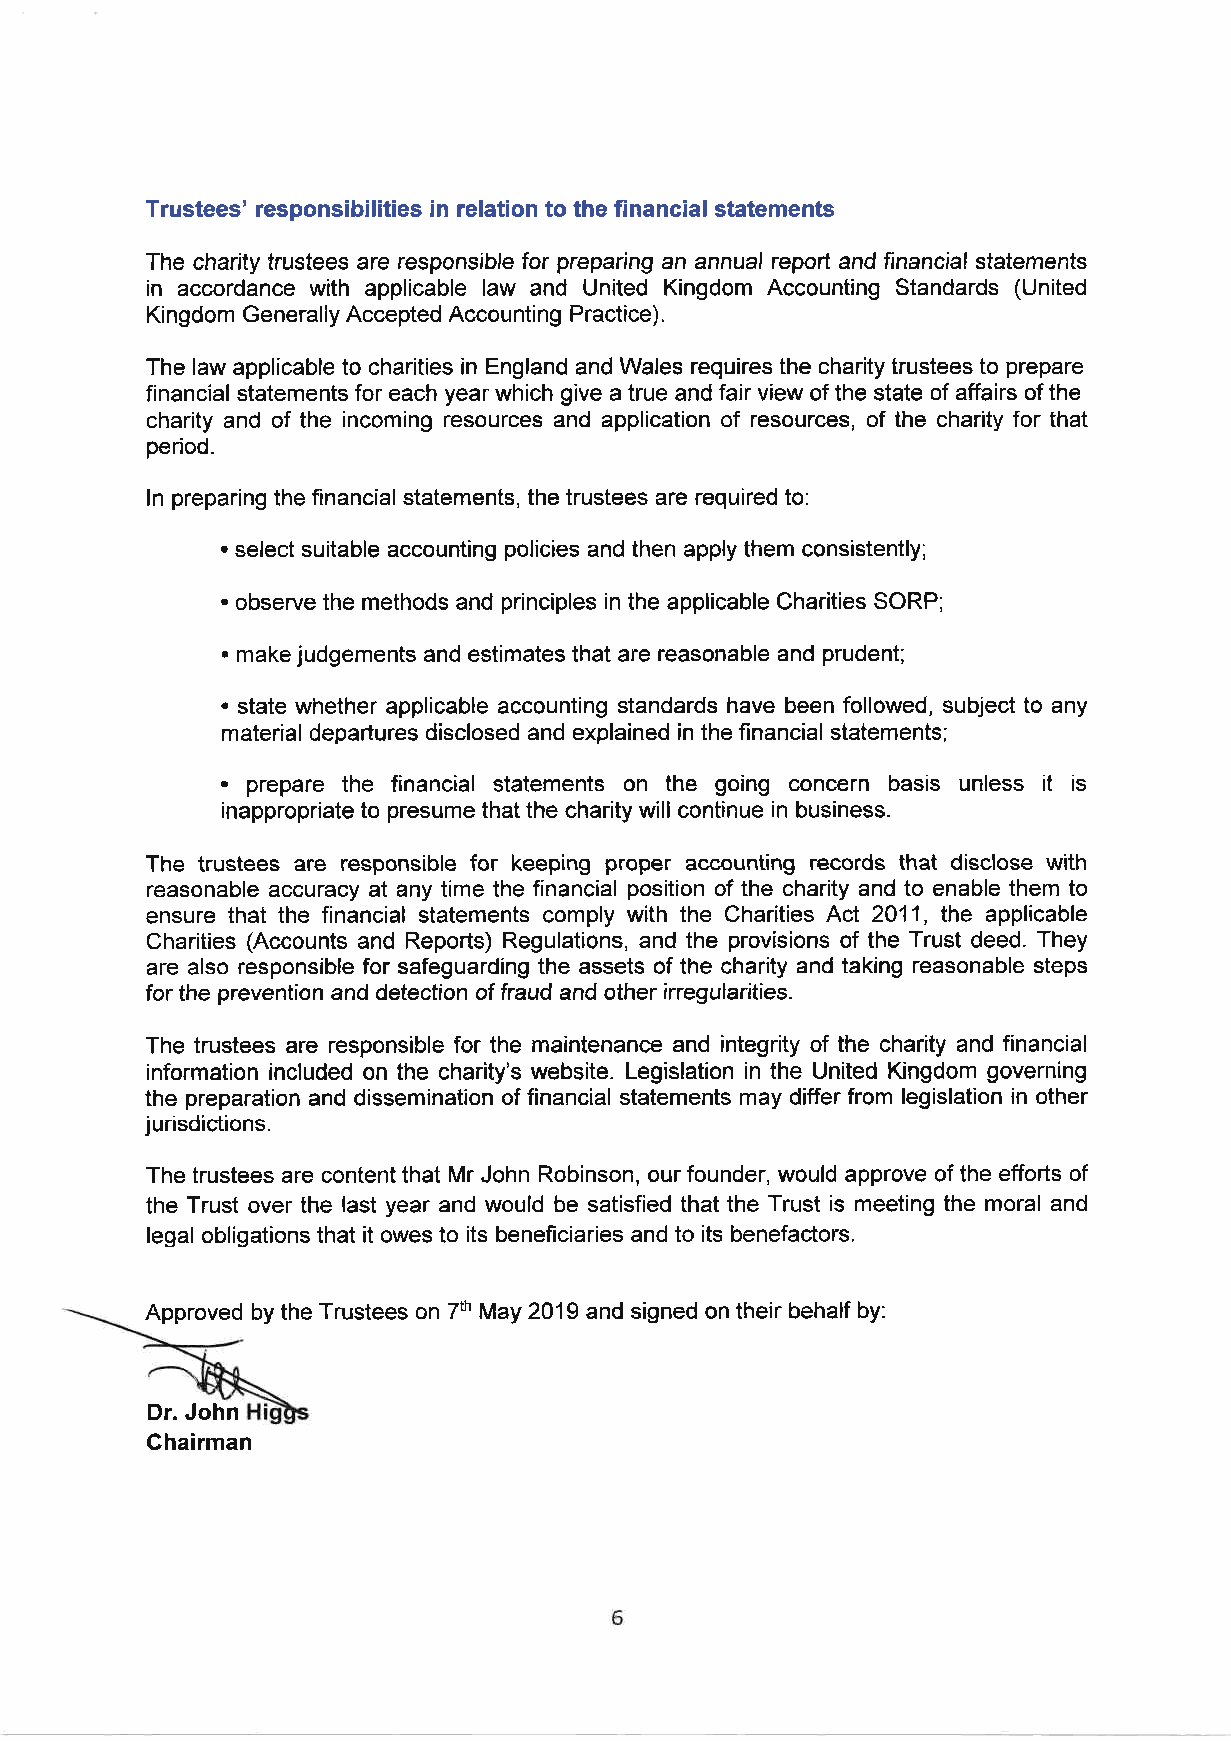
Trustees' responsibilities in relation to the financia! statements
 The charity trustees are responsible for preparing an annual report and financial statements
 in accordance with applicable law and United Kingdom Accounting Standards (United
 Kingdom Generally Accepted Accounting Practice).
 The law applicable to charities in England and Wales requires the charity trustees to prepare
 financial statements for each year which give a true and fair view of the state of affairs of the
 charity and of the incoming resources and application of resources, of the charity for that
 period.
 ln preparing the financial statements, the trustees are required to:
 . select suitable accounting policies and then apply them consistently;
 . observe the methods and principles in the applicable Charities SORP;
 . make judgements and estimates that are reasonable and prudent;
 .
 state whether applicable accounting standards have been followed, subject to any
 material departures disclosed and explained in the financial statements;
 . prepare the financial statements on the going concern basis unless it is
 inappropriate to presume that the charity will continue in business.
 The trustees are responsible for keeping proper accounting records that disclose with
 reasonable accuracy at any time the financial position of the charity and to enable them to
 ensure that the financial statements comply with the Charities Act 2011, the applicable
 Charities (Accounts and Reports) Regulations, and the provisions of the Trust deed. They
 are also responsible for safeguarding the assets of the charity and taking reasonable steps
 for the prevention and detection of fraud and other irregularities.
 The trustees are responsible for the maintenance and integrity of the charity and financial
 information included on the charity's website. Legislation in the United Kingdom governing
 the preparation and dissemination of financial statements may differ from legislation in other
 jurisdictions.
 The trustees are content that Mr John Robinson, our founder, would approve of the efforts of
 the Trust over the last year and would be satisfied that the Trust is meeting the moral and
 legal obligations that it owes to its beneflciaries and to its benefactors.
 Approved by the Trustees on 7ft May 2019 and signed on their behalf by:
 Dr. John
 Chairman